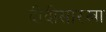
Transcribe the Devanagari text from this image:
दीदीसारखा